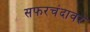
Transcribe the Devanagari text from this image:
सफरचंदावर